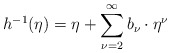
\begin{align*}h^{-1}(\eta)=\eta+\sum_{\nu=2}^\infty b_\nu\cdot\eta^\nu\end{align*}